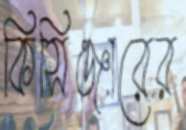
কিসিঞ্জারের